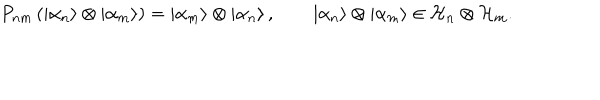
P _ { n m } \left( \left| \alpha _ { n } \right\rangle \otimes \left| \alpha _ { m } \right\rangle \right) = \left| \alpha _ { m } \right\rangle \otimes \left| \alpha _ { n } \right\rangle , \qquad \left| \alpha _ { n } \right\rangle \otimes \left| \alpha _ { m } \right\rangle \in { \cal H } _ { n } \otimes { \cal H } _ { m } .